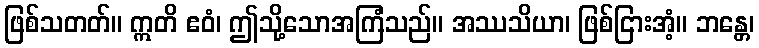
ဖြစ်သတတ်။ ဣတိ ဧဝံ၊ ဤသို့သောအကြံသည်။ အဿသိယာ၊ ဖြစ်ငြားအံ့။ ဘန္တေ၊